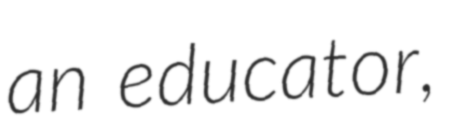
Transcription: an educator,